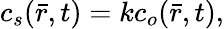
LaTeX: \begin{array}{r}{c_{s}(\bar{r},t)=kc_{o}(\bar{r},t),}\end{array}